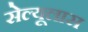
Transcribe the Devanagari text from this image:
सेल्यूलास